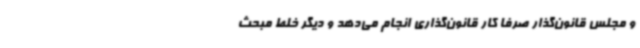
و مجلس قانون‌گذار صرفا کار قانون‌گذاری انجام می‌دهد و دیگر خلط مبحث